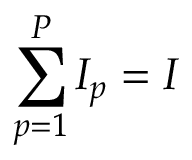
\sum _ { p = 1 } ^ { P } I _ { p } = I